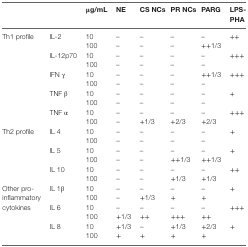
<table><thead><tr><td colspan="2"></td><td><b>μg/mL</b></td><td><b>NE</b></td><td><b>CS NCs</b></td><td><b>PR NCs</b></td><td><b>PARG</b></td><td><b>LPS-PHA</b></td></tr></thead><tbody><tr><td rowspan="10">Th1 profile</td><td rowspan="2">IL-2</td><td>10</td><td>–</td><td>–</td><td>–</td><td>–</td><td rowspan="2">++</td></tr><tr><td>100</td><td>–</td><td>–</td><td>–</td><td>++1/3</td></tr><tr><td rowspan="2">IL-12p70</td><td>10</td><td>–</td><td>–</td><td>–</td><td>–</td><td rowspan="2">+++</td></tr><tr><td>100</td><td>–</td><td>–</td><td>–</td><td>–</td></tr><tr><td rowspan="2">IFN γ</td><td>10</td><td>–</td><td>–</td><td>–</td><td>++1/3</td><td rowspan="2">+++</td></tr><tr><td>100</td><td>–</td><td>–</td><td>–</td><td>–</td></tr><tr><td rowspan="2">TNF β</td><td>10</td><td>–</td><td>–</td><td>–</td><td>–</td><td rowspan="2">+</td></tr><tr><td>100</td><td>–</td><td>–</td><td>–</td><td>–</td></tr><tr><td rowspan="2">TNF α</td><td>10</td><td>–</td><td>–</td><td>–</td><td>–</td><td rowspan="2">+++</td></tr><tr><td>100</td><td>–</td><td>+1/3</td><td>+2/3</td><td>+2/3</td></tr><tr><td rowspan="6">Th2 profile</td><td rowspan="2">IL 4</td><td>10</td><td>–</td><td>–</td><td>–</td><td>–</td><td rowspan="2">+</td></tr><tr><td>100</td><td>–</td><td>–</td><td>–</td><td>–</td></tr><tr><td rowspan="2">IL 5</td><td>10</td><td>–</td><td>–</td><td>–</td><td>–</td><td rowspan="2">+</td></tr><tr><td>100</td><td>–</td><td>–</td><td>++1/3</td><td>++1/3</td></tr><tr><td rowspan="2">IL 10</td><td>10</td><td>–</td><td>–</td><td>–</td><td>–</td><td rowspan="2">++</td></tr><tr><td>100</td><td>–</td><td>–</td><td>+1/3</td><td>+1/3</td></tr><tr><td rowspan="6">Other pro-inflammatory cytokines</td><td rowspan="2">IL 1β</td><td>10</td><td>–</td><td>–</td><td>–</td><td>–</td><td rowspan="2">+</td></tr><tr><td>100</td><td>–</td><td>+1/3</td><td>+</td><td>+</td></tr><tr><td rowspan="2">IL 6</td><td>10</td><td>–</td><td>–</td><td>–</td><td>–</td><td rowspan="2">+++</td></tr><tr><td>100</td><td>+1/3</td><td>++</td><td>+++</td><td>++</td></tr><tr><td rowspan="2">IL 8</td><td>10</td><td>+1/3</td><td>–</td><td>+1/3</td><td>+2/3</td><td rowspan="2">+</td></tr><tr><td>100</td><td>+</td><td>+</td><td>+</td><td>+</td></tr></tbody></table>